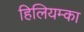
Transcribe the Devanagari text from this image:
हिलियम्का